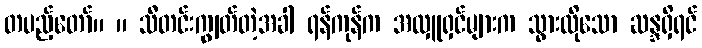
တပည့်တော်။ ။ သီတင်းကျွတ်တဲ့အခါ ရန်ကုန်က အလှူရှင်များက သွားလိုသော ဆန္ဒရှိရင်